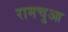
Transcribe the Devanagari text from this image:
रामचुआ